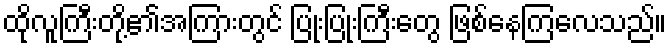
ထိုလူကြီးတို့၏အကြားတွင် ပြုံးပြုံးကြီးတွေ ဖြစ်နေကြလေသည်။